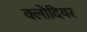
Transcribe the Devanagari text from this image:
क्लोदियर